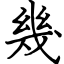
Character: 幾